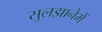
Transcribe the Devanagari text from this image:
सुलझानेमें